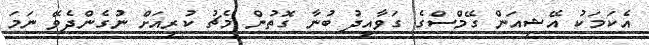
އެކަމަކު އޭޝިއަން ގޭމްސްގެ ގަވާއިދު ބުނާ ގޮތުން މެޗު ކުރިއަށް ނުގެންދެވޭ ނަމަ